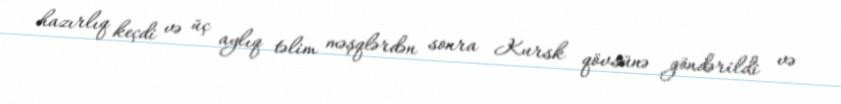
hazırlıq keçdi və üç aylıq təlim məşqlərdən sonra Kursk qövsünə göndərildi və